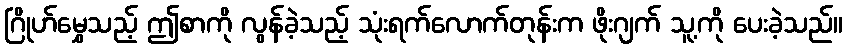
ဂြိုဟ်မွှေသည့် ဤစာကို လွန်ခဲ့သည့် သုံးရက်လောက်တုန်းက ဖိုးဂျက် သူ့ကို ပေးခဲ့သည်။